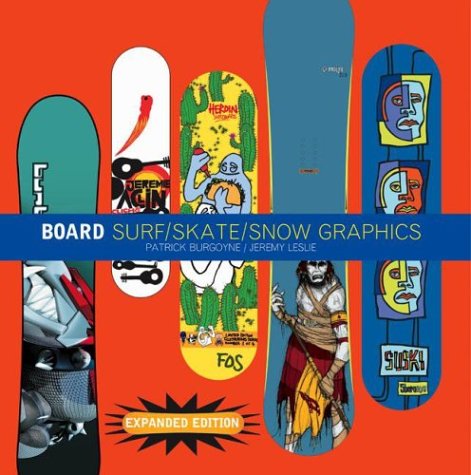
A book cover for Board: Surf/Skate/Snow Graphics; Jeremy Leslie; Sports & Outdoors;